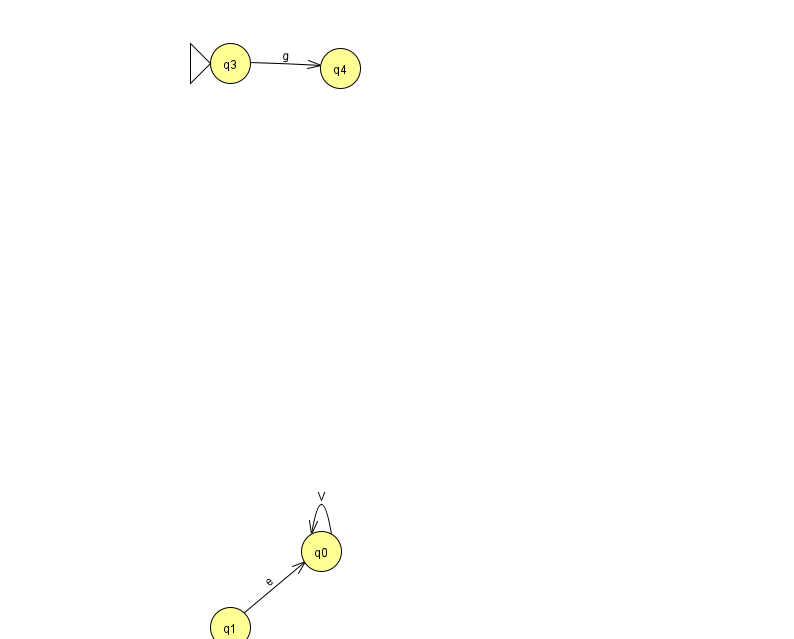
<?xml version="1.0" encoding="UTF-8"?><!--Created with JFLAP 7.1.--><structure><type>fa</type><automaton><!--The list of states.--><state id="0" name="q0"><x>321.0</x><y>538.0</y></state><state id="1" name="q1"><x>230.0</x><y>614.0</y></state><state id="3" name="q3"><x>230.0</x><y>50.0</y><initial/></state><state id="4" name="q4"><x>340.0</x><y>55.0</y></state><!--The list of transitions.--><transition><from>0</from><to>0</to><read>V</read></transition><transition><from>1</from><to>0</to><read>e</read></transition><transition><from>3</from><to>4</to><read>g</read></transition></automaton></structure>